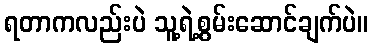
ရတာကလည်းပဲ သူ့ရဲ့စွမ်းဆောင်ချက်ပဲ။